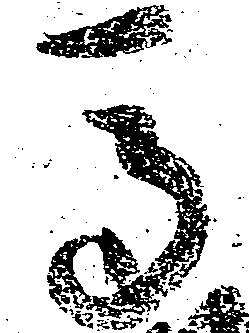
馬